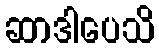
ဆာဒါပေသိ